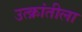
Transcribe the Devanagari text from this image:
उत्क्रांतीला